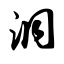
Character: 洞